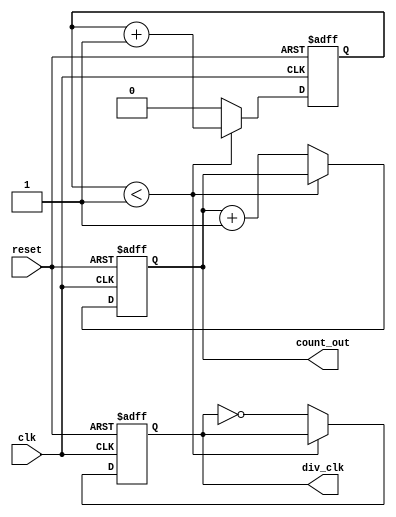
module frequency_divider_counter #(
    parameter N = 2  // Default division factor
)(
    input wire clk,          // Input clock
    input wire reset,        // Asynchronous reset signal
    output reg div_clk,      // Divided clock output
    output reg [$clog2(N)-1:0] count_out // Output count
);

    reg [$clog2(N)-1:0] count; // Internal counter

    always @(posedge clk or posedge reset) begin
        if (reset) begin
            count <= 0;          // Reset counter
            div_clk <= 0;        // Reset divided clock
            count_out <= 0;      // Reset count output
        end else begin
            if (count < N - 1) begin
                count <= count + 1; // Increment counter
            end else begin
                count <= 0;          // Reset counter
                div_clk <= ~div_clk;  // Toggle divided clock
                count_out <= count_out + 1; // Increment output count
            end
        end
    end

endmodule